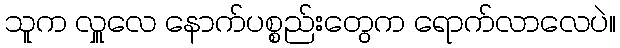
သူက လှူလေ နောက်ပစ္စည်းတွေက ရောက်လာလေပဲ။